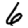
Digit: 6